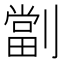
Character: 劏